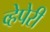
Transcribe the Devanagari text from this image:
व्हेपेरी